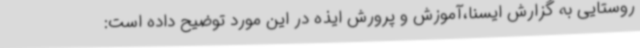
روستایی به گزارش ایسنا،آموزش و پرورش ایذه در این مورد توضیح داده است: